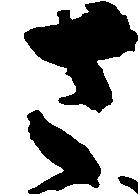
さ